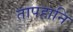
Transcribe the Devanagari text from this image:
तापहानि